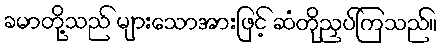
ခမာတို့သည် များသောအားဖြင့် ဆံတိုညှပ်ကြသည်။